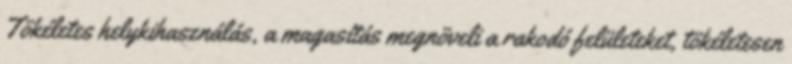
Tökéletes helykihasználás, a magasítás megnöveli a rakodó felületeket, tökéletesen